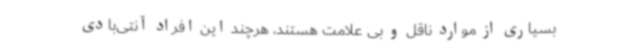
بسیاری از موارد ناقل و بی علامت هستند، هرچند این افراد آنتی‌بادی